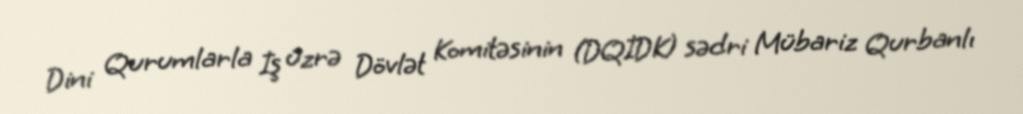
Dini Qurumlarla İş üzrə Dövlət Komitəsinin (DQİDK) sədri Mübariz Qurbanlı